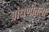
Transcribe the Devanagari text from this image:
बांधणीतला